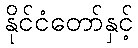
နိုင်ငံတော်နှင့်